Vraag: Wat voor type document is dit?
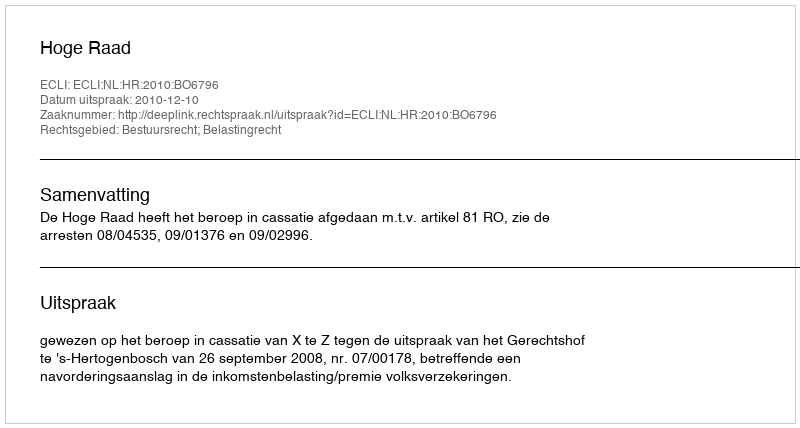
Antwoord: Uitspraak